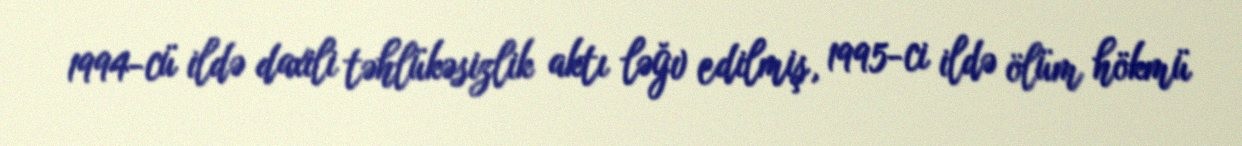
1994-cü ildə daxili təhlükəsizlik aktı ləğv edilmiş, 1995-ci ildə ölüm hökmü